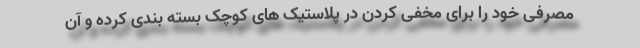
مصرفی خود را برای مخفی کردن در پلاستیک های کوچک بسته بندی کرده و آن